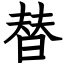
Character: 替